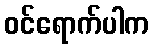
ဝင်ရောက်ပါက